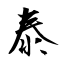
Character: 泰